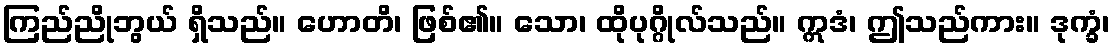
ကြည်ညိုဘွယ် ရှိသည်။ ဟောတိ၊ ဖြစ်၏။ သော၊ ထိုပုဂ္ဂိုလ်သည်။ ဣဒံ၊ ဤသည်ကား။ ဒုက္ခံ၊